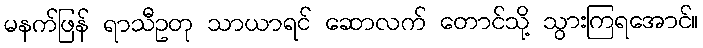
မနက်ဖြန် ရာသီဥတု သာယာရင် ဆောလက် တောင်သို့ သွားကြရအောင်။